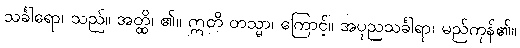
သင်္ခါရော၊ သည်။ အတ္ထိ၊ ၏။ ဣတိ တသ္မာ၊ ကြောင့်။ အပုညသင်္ခါရာ၊ မည်ကုန်၏။